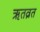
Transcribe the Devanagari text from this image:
ऋतव्रत